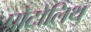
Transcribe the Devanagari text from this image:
प्रोटोलिथ